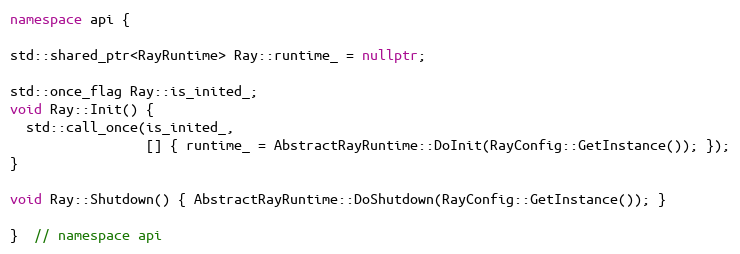
Language: C++
namespace api {

std::shared_ptr<RayRuntime> Ray::runtime_ = nullptr;

std::once_flag Ray::is_inited_;
void Ray::Init() {
  std::call_once(is_inited_,
                 [] { runtime_ = AbstractRayRuntime::DoInit(RayConfig::GetInstance()); });
}

void Ray::Shutdown() { AbstractRayRuntime::DoShutdown(RayConfig::GetInstance()); }

}  // namespace api